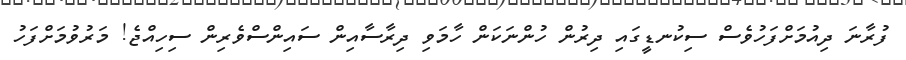
ފުރާނަ ދިއުމަށްފަހުވެސް ސިކުނޑީގައި ދިރުން ހުންނަކަން ހާމަވި ދިރާސާއިން ސައިންސްވެރިން ސިހިއްޖެ! މަރުވުމަށްފަހު